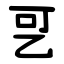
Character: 㐓